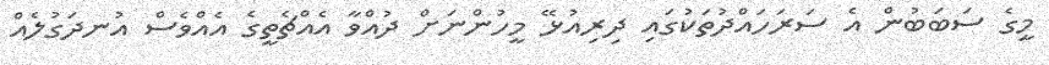
މީގެ ސަބަބުން އެ ސަރަހައްދުތަކުގައި ދިރިއުޅޭ މީހުންނަށް ދުއްވާ އެއްޗެތީގެ އެއްވެސް އުނދަގުލެެއް